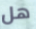
هل